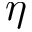
\eta